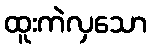
ထူးကဲလှသော